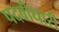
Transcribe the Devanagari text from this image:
पदवीधारी